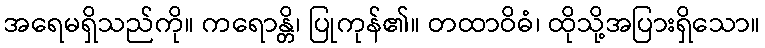
အရေမရှိသည်ကို။ ကရောန္တိ၊ ပြုကုန်၏။ တထာဝိဓံ၊ ထိုသို့အပြားရှိသော။